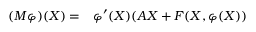
\begin{array} { r l } { ( M \varphi ) ( \boldsymbol { X } ) = } & { { } \varphi ^ { \prime } ( \boldsymbol { X } ) ( A \boldsymbol { X } + \boldsymbol { F } ( \boldsymbol { X } , \varphi ( \boldsymbol { X } ) ) } \end{array}